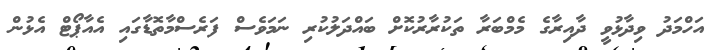
އަހްމަދު ވިދާޅުވީ ދާއިރާގެ މެމްބަރާ ތަކުރާރުކޮށް ބައްދަލުކުރި ނަމަވެސް ފަރެސްމާތޮޑާގައި އެއާޕޯޓް އެޅުން